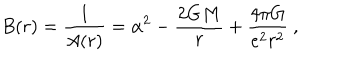
LaTeX: B ( r ) = \frac 1 { A ( r ) } = \alpha ^ { 2 } - \frac { 2 G M } r + \frac { 4 \pi G } { e ^ { 2 } r ^ { 2 } } \ ,